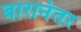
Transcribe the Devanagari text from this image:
बारानंतर